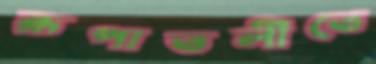
রূপাতলীতে